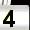
Digit: 4